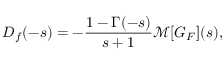
D _ { f } ( - s ) = - { \frac { 1 - \Gamma ( - s ) } { s + 1 } } { \mathcal { M } } [ G _ { F } ] ( s ) ,